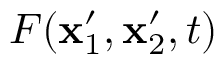
F ( \mathbf { x } _ { 1 } ^ { \prime } , \mathbf { x } _ { 2 } ^ { \prime } , t )